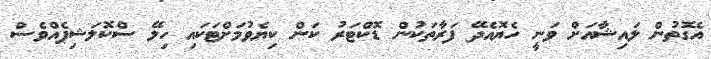
އެގޮތުން ލައިޝާއަށް ވަނީ ހެޔޮއެދޭ ފަރާތަކުން ޑޮކްޓަރު ކަން ކިޔެވުމަށްޓަކައި ހިލޭ ސްކޮލަޝިޕެއްވެސް